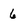
Character: 6